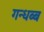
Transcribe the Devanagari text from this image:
गन्धब्ब